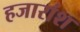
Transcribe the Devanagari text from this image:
हजारांश